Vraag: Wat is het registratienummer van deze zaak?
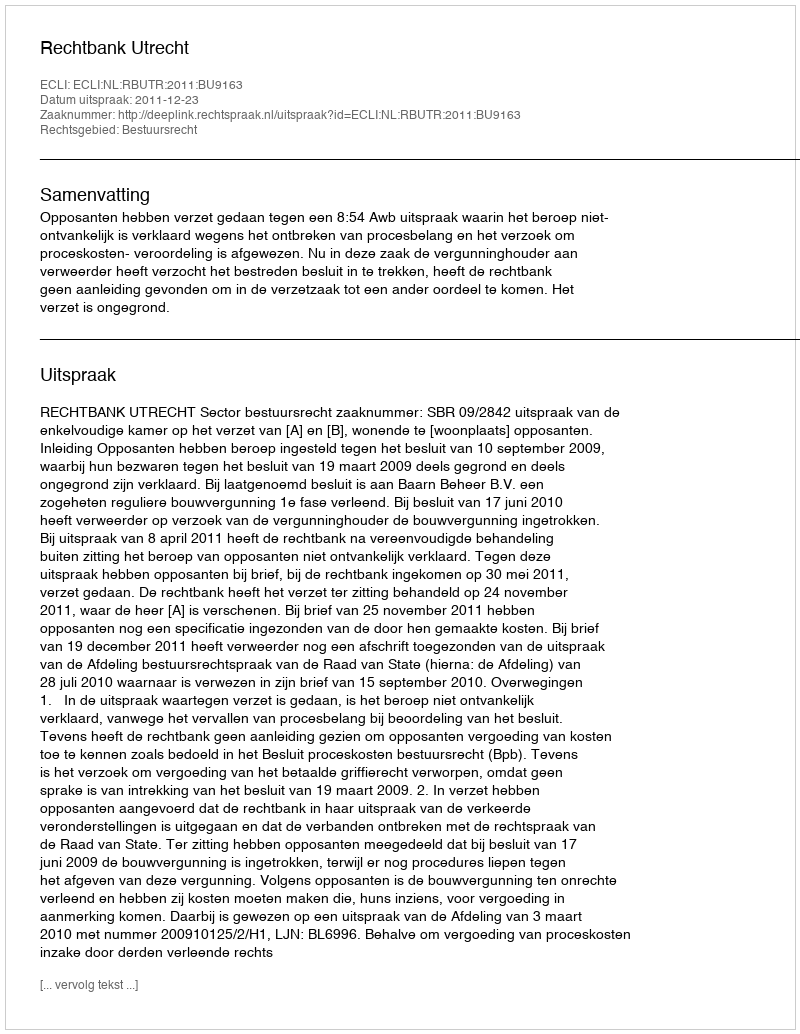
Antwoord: http://deeplink.rechtspraak.nl/uitspraak?id=ECLI:NL:RBUTR:2011:BU9163